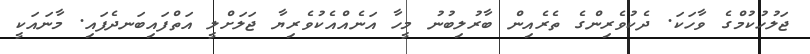
ޖަލުހުކުމްގެ ވާހަކަ. ދެކުވެރިންގެ ތެރެއިން ބާރުލިބުނު މީހާ އަނެއްއެކުވެރިޔާ ޖަލަށްލީ އަތްފައިބަނދެފައި. މާނައަކީ